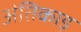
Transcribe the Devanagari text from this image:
अंतिकाड़